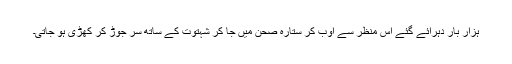
ہزار بار دہرائے گئے اس منظر سے اوب کر ستارہ صحن میں جا کر شہتوت کے ساتھ سر جوڑ کر کھڑی ہو جاتی۔